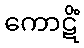
ကောဋိံ